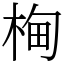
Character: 㭵